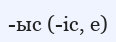
-ыс (-іс, е)